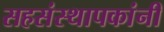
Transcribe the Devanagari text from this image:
सहसंस्थापकांनी